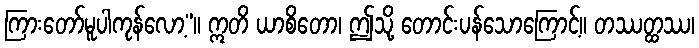
ကြားတော်မူပါကုန်လော့”။ ဣတိ ယာစိတော၊ ဤသို့ တောင်းပန်သောကြောင့်။ တဿတ္ထဿ၊